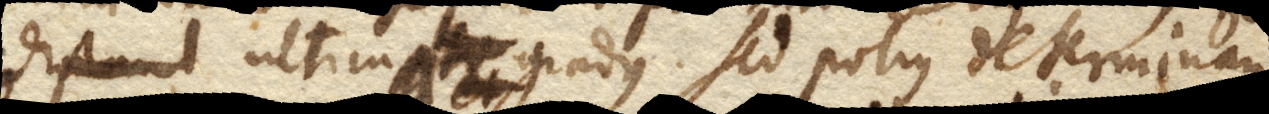
ultimus gradus. Sed potius determinan–